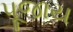
પૂજાય